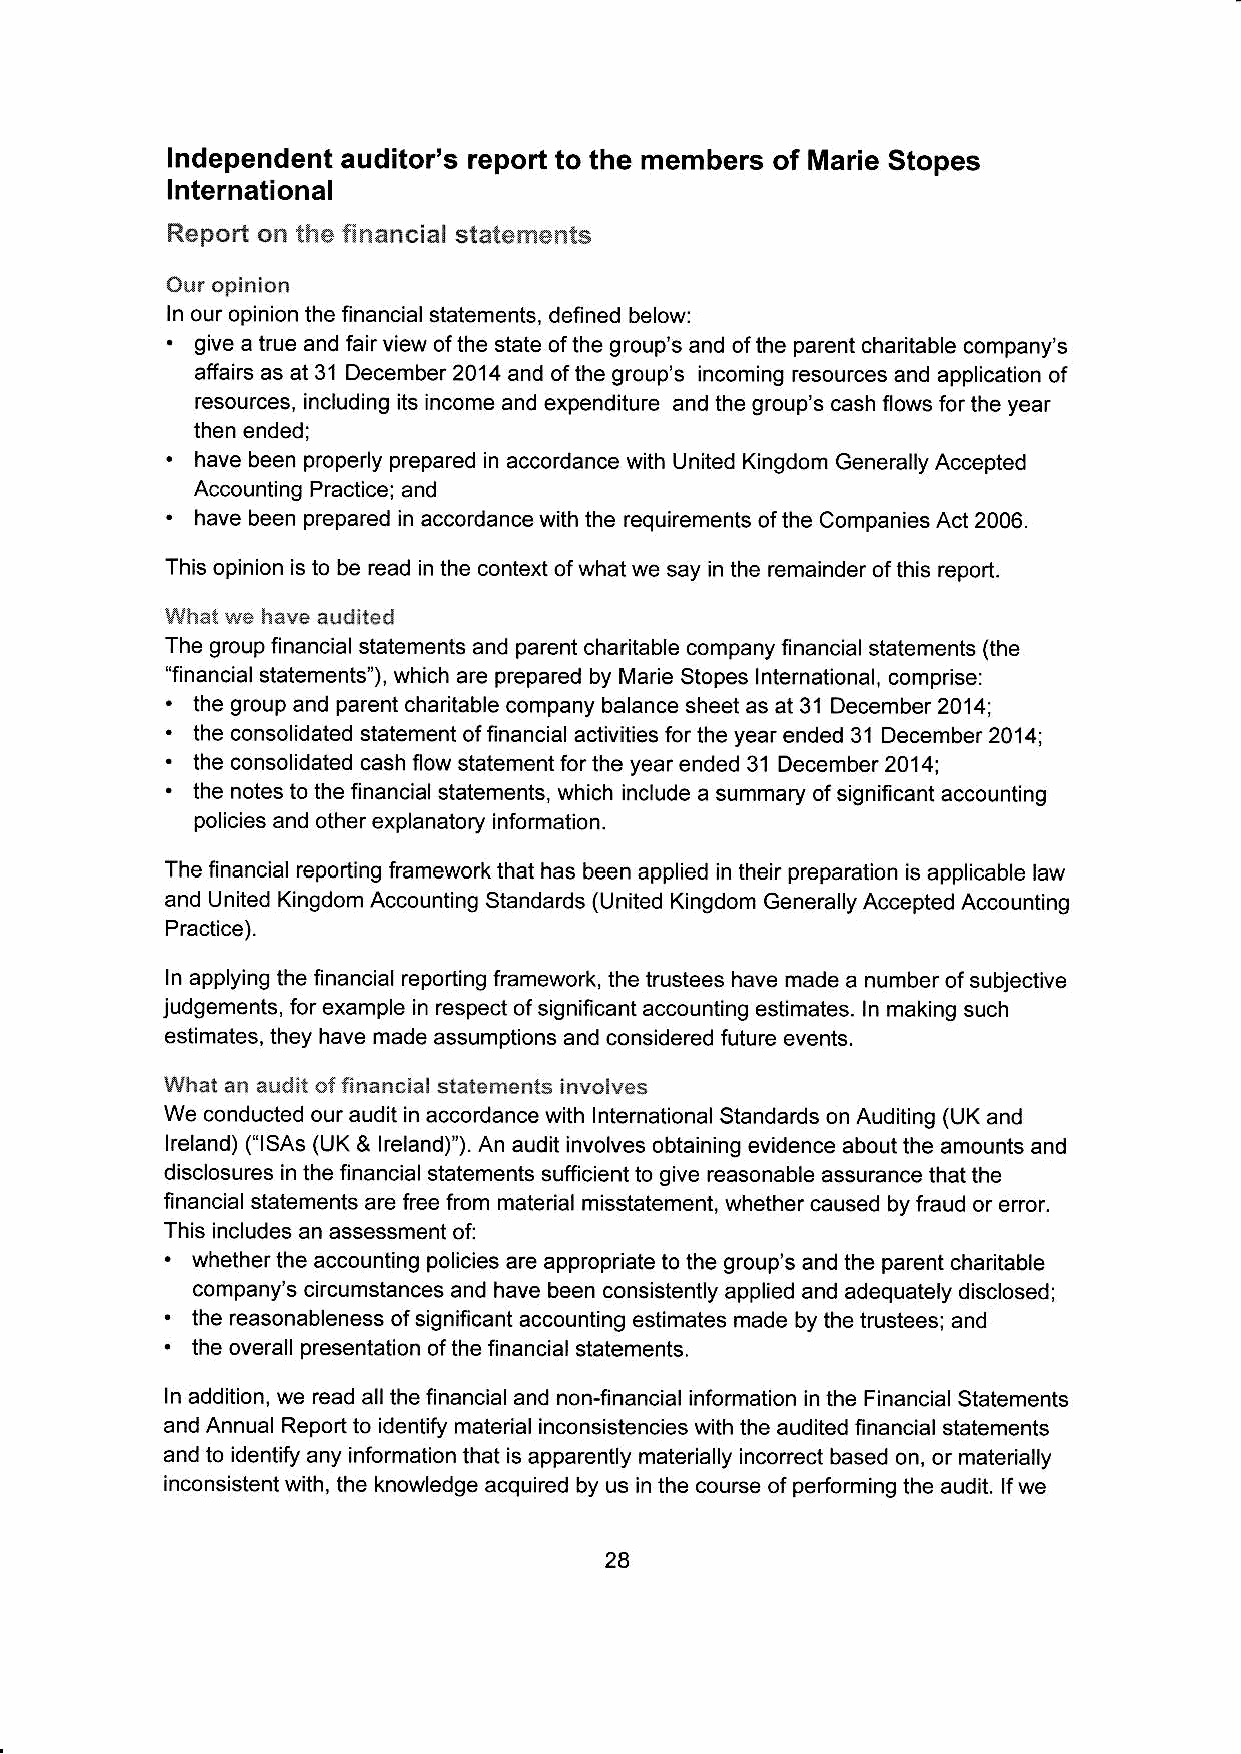
lndependent auditor's report to the members of Marie Stopes
 lnternational
 Report on tt':e *nancial slatem"'.lts
 Our opinion
 ln our opinion the financial statements, defined below:
 .
 give a true and fair view of the state of the group's and of the parent charitable company's
 affairs as at 31 December 2014 and of the group's incoming resources and application of
 resources, including its income and expenditure and the group's cash flows for the year
 then ended;
 .
 have been properly prepared in accordance with United Kingdom Generally Accepted
 Accounting Practice; and
 .
 have been prepared in accordance with the requirements of the Companies Act 2006.
 This opinion is to be read in the context of what we say in the remainder ofthis report.
 ,that we have audited
 The group financial statements and parent charitable company Iinancial statements (the
 "financial statements"), which are prepared by Marie Stopes lnternational, comprise:
 .
 . the group and parent charitable company balance sheet as at 31 December 20141
 the consolidated statement of financial activities for the year ended 3'l December 2014;
 .
 the consolidated cash llow statement forthe year ended 31 December2014;
 .
 the notes to the financial statements, which include a summary of significant accounting
 policies and other explanatory information.
 The financial reporting framework that has been applied in their preparation is applicable law
 and tJnited Kingdom Accounting Standards (United Kingdom cenerally Accepted Accounting
 Practice).
 In applying the financial reporting framework, the trustees have made a number of subjective
 judgements, forexample in respect of significant accounting estimates. ln making such
 estimates, they have made assumptions and considered future events.
 What an audil offi.ancial slatements involves
 We conducted our audit in accordance with lntemational Standards on Auditing (UK and
 lreland) ("lSAs (UK & lreland)'). An audit jnvolves obtaining evidence about the amounts and
 disclosures in the financial statements sufficient to give reasonable assurance that the
 financial statements are free from material misstatement, whether caused by fraud or error.
 This includes an assessment of:
 .
 whetherthe accounting policies are appropriate to the group's and the parent charitable
 company's circumstances and have been consistently applied and adequately disclosedl
 .
 the reasonableness of significant accounting estimates made by the trustees; and
 .
 the overall presentation ofthe financial statements.
 ln addition, we read all the financial and non-financial information in the Financial Statements
 and Annual Report to identify material inconsistencies with the audited financial siatements
 and to identify any information that is apparently materially inconect based on, or materially
 inconsistent with, the knowledge acquired by us in the course of performing the audit. lf we